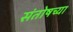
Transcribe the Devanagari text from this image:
संतोषच्या